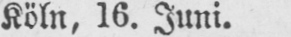
Köln, 16. Juni.